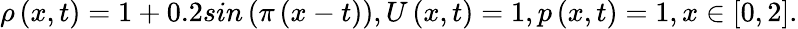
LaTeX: \rho\left(x,t\right)=1+0.2sin\left(\pi\left(x-t\right)\right),U\left(x,t\right)=1,p\left(x,t\right)=1,x\in\left[0,2\right].